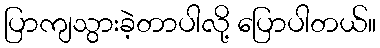
ပြာကျသွားခဲ့တာပါလို့ ပြောပါတယ်။